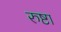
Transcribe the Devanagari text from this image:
रुष्टा